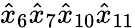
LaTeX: \hat{x}_{6}\hat{x}_{7}\hat{x}_{10}\hat{x}_{11}